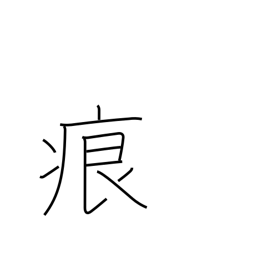
Meaning: foot print